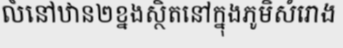
លំនៅឋាន២ខ្នងស្ថិតនៅក្នុងភូមិសំរោង